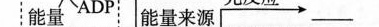
能量 ADP 能量来源